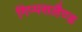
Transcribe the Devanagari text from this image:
गिप्पसलैण्ड